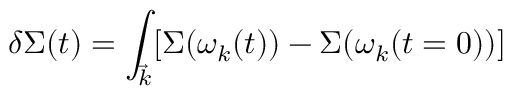
\delta \Sigma ( t ) = { \int _ { \vec { k } } } [ \Sigma ( \omega _ { k } ( t ) ) - \Sigma ( \omega _ { k } ( t = 0 ) ) ]